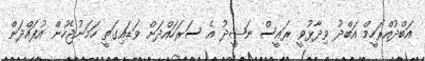
އަބްދުއްރަހީމް އަބްދު ވިދާޅުވީ ރައީސް ނަޝީދު އެ ސަރަހައްދަށް ވަޑައިގަތީ ހަމަނުޖެހުން އުފައްދަން